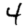
Digit: 4